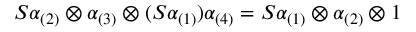
S \alpha _ { ( 2 ) } \otimes \alpha _ { ( 3 ) } \otimes ( S \alpha _ { ( 1 ) } ) \alpha _ { ( 4 ) } = S \alpha _ { ( 1 ) } \otimes \alpha _ { ( 2 ) } \otimes 1